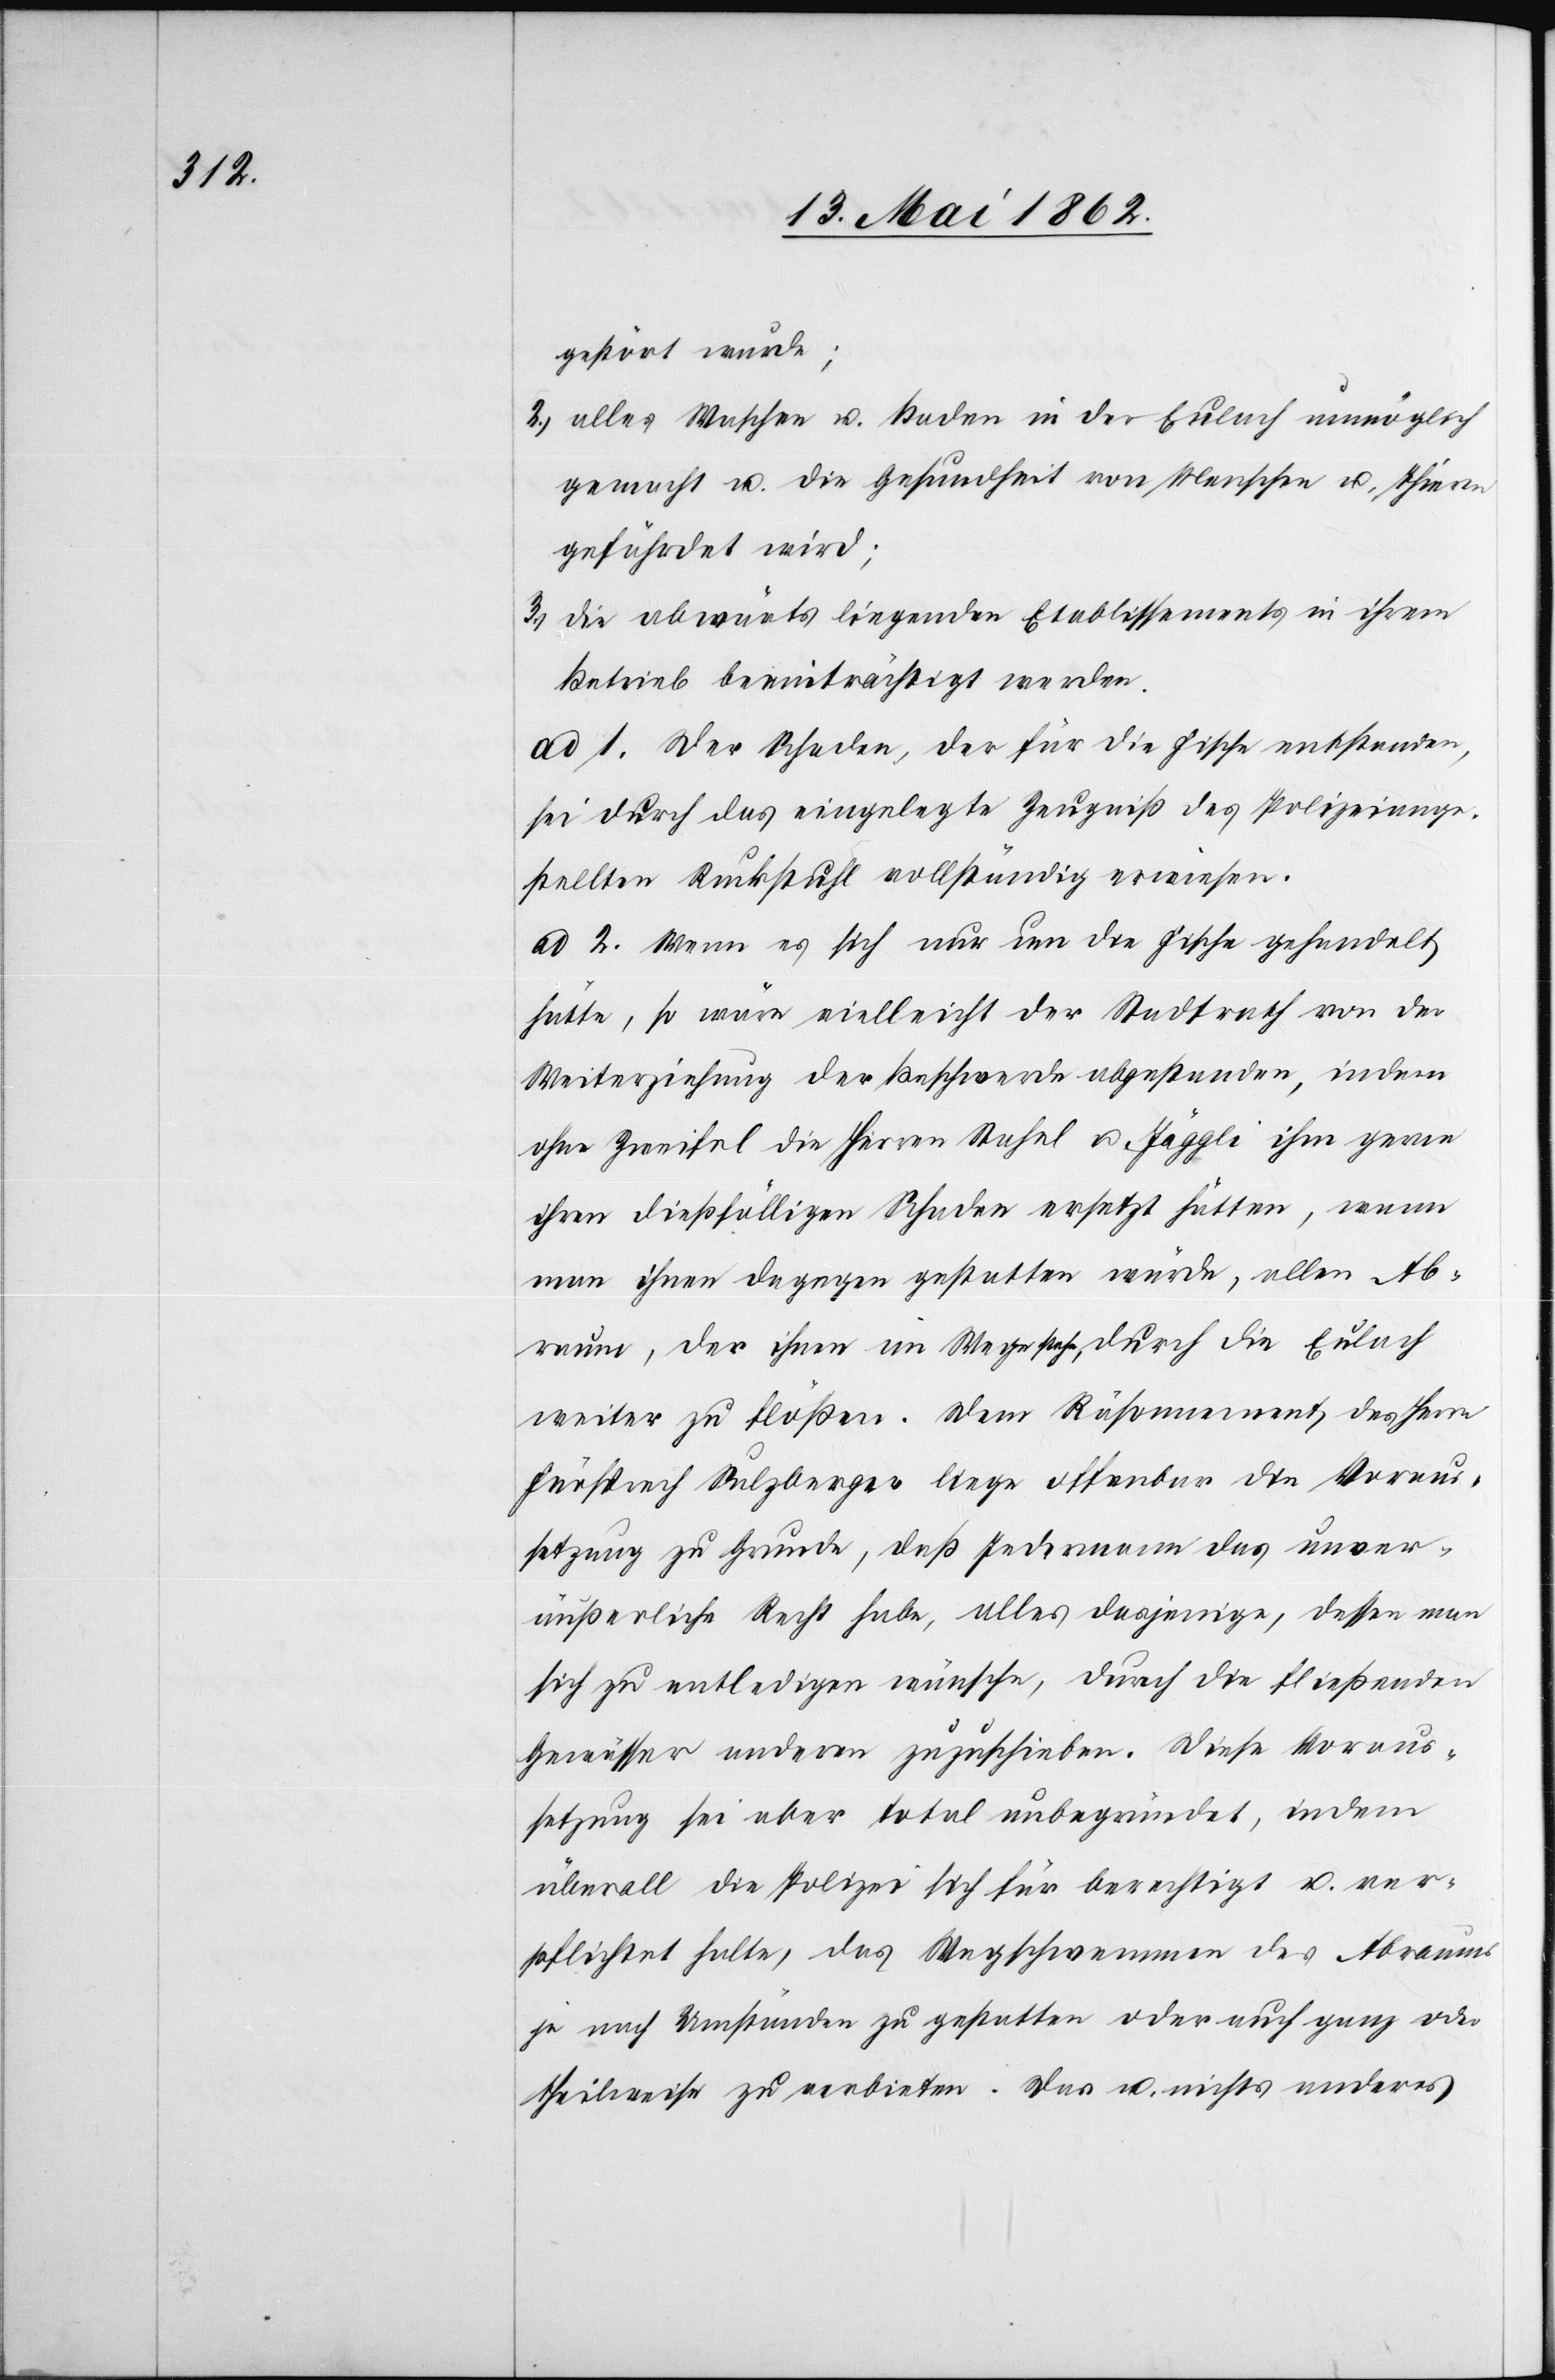
gestört wurde;
2) alles Wachen u. Baden in der Eulach unmöglich
gemacht u. die Gesundheit von Menschen u. Thieren
gefährdet wird;
3) die abwärts liegenden Etablissements in ihrem
Betrieb beeinträchtigt werden.
ad 1. Der Schaden, der für die Fische entstanden,
sei durch das eingelegte Zeugniß des Polizeiange¬
stellten Ruckstuhl vollständig erwiesen.
ad 2. Wenn es sich nur um die Fische gehandelt
hätte, so wäre vielleicht der Stadtrath von der
Weiterziehung der Beschwerde abgestanden, indem
ohne Zweifel die Herren Stahel u. Jäggli ihm genau
ihren dießfälligen Schaden ersetzt hätten, wenn
man ihnen dagegen gestatten würde, allen Ab¬
raum, der ihnen im Wege stehe, durch die Eulach
weiter zu flößen. Dem Räsonnement des Herrn
Fürsprech Sulzberger liege offenbar die Voraus¬
setzung zu Grunde, daß Jedermann das unver¬
äußerliche Recht habe, alles dasjenige, dessen man
sich zu entledigen wünsche, durch die fließenden
Gewässer anderen zuzuschieben. Diese Voraus¬
setzung sei aber total unbegründet, indem
überall die Polizei sich für berechtigt u. ver¬
pflichtet halte, das Wegschwemmen des Abraums
je nach Umständen zu gestatten oder auf ganz oder
theilweise zu verbieten. Das u. nichts anderes